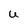
Character: U